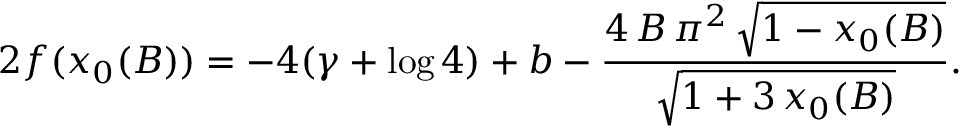
2 f ( x _ { 0 } ( B ) ) = - 4 ( \gamma + \log 4 ) + b - \frac { 4 \, B \, { \pi } ^ { 2 } \, { \sqrt { 1 - x _ { 0 } ( B ) } } } { { \sqrt { 1 + 3 \, x _ { 0 } ( B ) } } } .